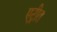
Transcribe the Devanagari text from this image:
एट्रीत